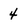
Character: 4